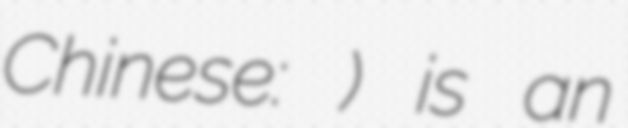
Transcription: Chinese: 大步頭) is an